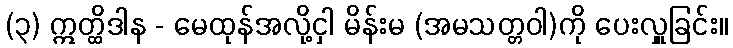
(၃) ဣတ္ထိဒါန - မေထုန်အလို့ငှါ မိန်းမ (အမသတ္တဝါ)ကို ပေးလှူခြင်း။